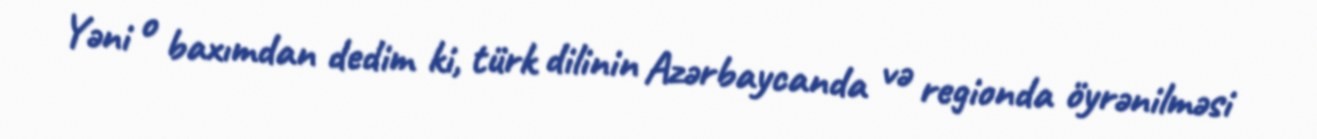
Yəni o baxımdan dedim ki, türk dilinin Azərbaycanda və regionda öyrənilməsi